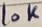
Text: 10K